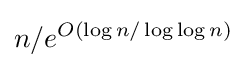
n/e^{O(\log n/\log \log n)}